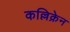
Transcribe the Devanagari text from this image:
कल्लिक्रेन